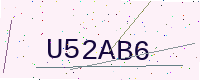
Text: U52AB6